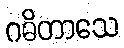
ဂဓိတာသေ